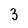
Character: 3